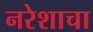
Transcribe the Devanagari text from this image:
नरेशाचा